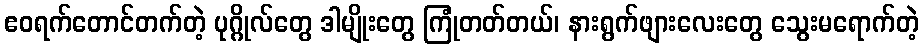
ဧဝရက်တောင်တက်တဲ့ ပုဂ္ဂိုလ်တွေ ဒါမျိုးတွေ ကြုံတတ်တယ်၊ နားရွက်ဖျားလေးတွေ သွေးမရောက်တဲ့